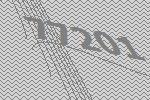
77201